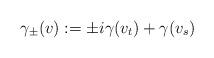
LaTeX: \begin{align*}\gamma_\pm(v) &:= \pm i \gamma(v_t) + \gamma(v_s)\end{align*}